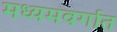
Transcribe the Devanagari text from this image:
मध्यमवर्गात